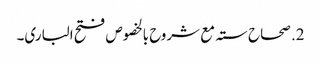
2. صحاح ستہ مع شروح بالخصوص فتح الباری۔